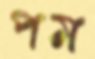
পম